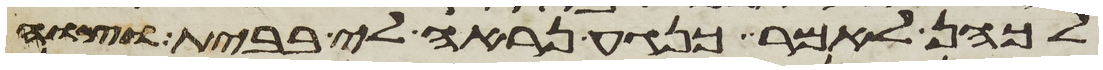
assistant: לכהן לאמר כנגע נראה לי בבית וצוה